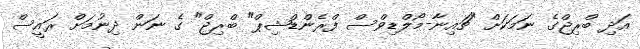
އަދި ބްރިޖްގެ ނަމަކަށް "ޗައިނާ-މޯލްޑިވްސް ފްރެންޑްޝިޕް" ބްރިޖް" ގެ ނަން ދިނުމަށް ރައީސް